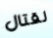
لقتال